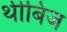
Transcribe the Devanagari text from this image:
थीबिज